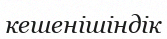
кешенішіндік